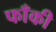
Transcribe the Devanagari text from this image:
फाँकी